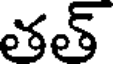
తత్